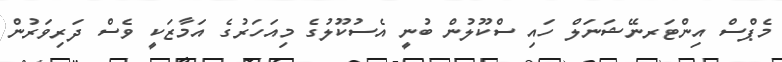
މެޕްސް އިންޓަރނޭޝަނަލް ހައި ސްކޫލުން ބުނީ އެސުކޫލުގެ މިއަހަރުގެ އަމާޒަކީ ވެސް ދަރިވަރުން